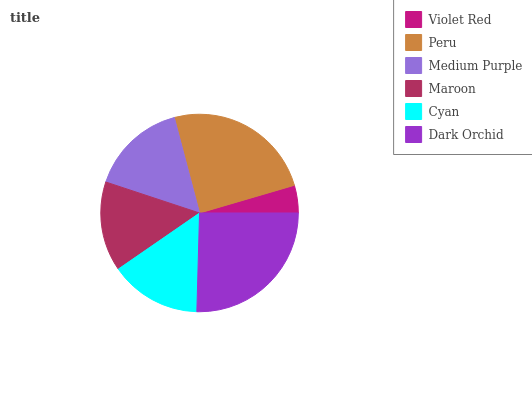
| Violet Red | Peru | Medium Purple | Maroon | Cyan | Dark Orchid |
 | --- | --- | --- | --- | --- | --- |
 | 4.52% | 24.5% | 15.8% | 14.7% | 15% | 25.5% |